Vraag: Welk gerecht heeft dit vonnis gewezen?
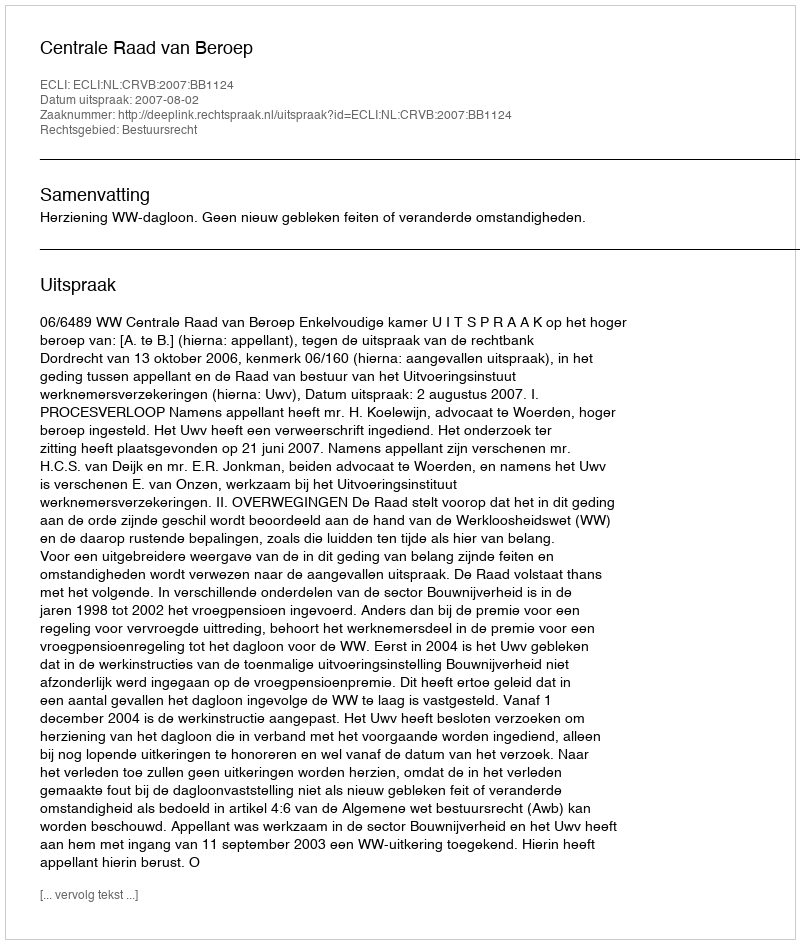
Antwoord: Centrale Raad van Beroep